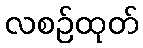
လစဉ်ထုတ်